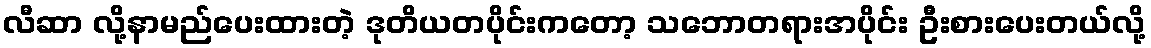
လီဆာ လို့နာမည်ပေးထားတဲ့ ဒုတိယတပိုင်းကတော့ သဘောတရားအပိုင်း ဦးစားပေးတယ်လို့